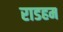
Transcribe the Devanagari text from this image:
राडहम